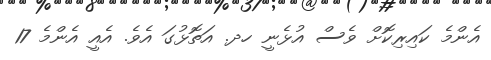
އެންމެ ކައިރިކޮށް ވެސް އުޅެނީ ހދ. އަތޮޅުގަ އެވެ. އެއީ އެންމެ 17